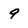
Character: 9